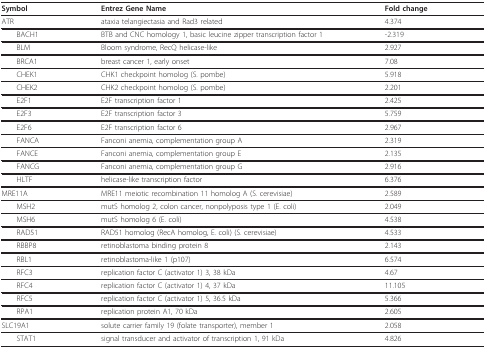
| Symbol | Entrez Gene Name | Fold change |
 | --- | --- | --- |
 | ATR | ataxia telangiectasia and Rad3 related | 4.374 |
 | BACH1 | BTB and CNC homology 1, basic leucine zipper transcription factor 1 | -2.319 |
 | BLM | Bloom syndrome, RecQ helicase-like | 2.927 |
 | BRCA1 | breast cancer 1, early onset | 7.08 |
 | CHEK1 | CHK1 checkpoint homolog (S. pombe) | 5.918 |
 | CHEK2 | CHK2 checkpoint homolog (S. pombe) | 2.201 |
 | E2F1 | E2F transcription factor 1 | 2.425 |
 | E2F3 | E2F transcription factor 3 | 5.759 |
 | E2F6 | E2F transcription factor 6 | 2.967 |
 | FANCA | Fanconi anemia, complementation group A | 2.319 |
 | FANCE | Fanconi anemia, complementation group E | 2.135 |
 | FANCG | Fanconi anemia, complementation group G | 2.916 |
 | HLTF | helicase-like transcription factor | 6.376 |
 | MRE11A | MRE11 meiotic recombination 11 homolog A (S. cerevisiae) | 2.589 |
 | MSH2 | mutS homolog 2, colon cancer, nonpolyposis type 1 (E. coli) | 2.049 |
 | MSH6 | mutS homolog 6 (E. coli) | 4.538 |
 | RAD51 | RAD51 homolog (RecA homolog, E. coli) (S. cerevisiae) | 4.533 |
 | RBBP8 | retinoblastoma binding protein 8 | 2.143 |
 | RBL1 | retinoblastoma-like 1 (p107) | 6.574 |
 | RFC3 | replication factor C (activator 1) 3, 38 kDa | 4.67 |
 | RFC4 | replication factor C (activator 1) 4, 37 kDa | 11.105 |
 | RFC5 | replication factor C (activator 1) 5, 36.5 kDa | 5.366 |
 | RPA1 | replication protein A1, 70 kDa | 2.605 |
 | SLC19A1 | solute carrier family 19 (folate transporter), member 1 | 2.058 |
 | STAT1 | signal transducer and activator of transcription 1, 91 kDa | 4.826 |